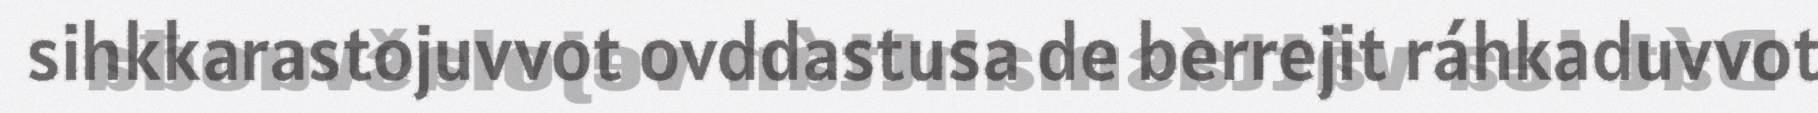
sihkkarastojuvvot ovddastusa de berrejit ráhkaduvvot